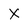
Character: X